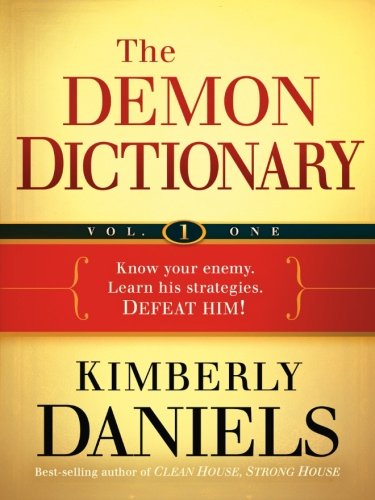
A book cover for The Demon Dictionary Volume One: Know Your Enemy. Learn His Strategies. Defeat Him! (Volume 1); Kimberly Daniels; Christian Books & Bibles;